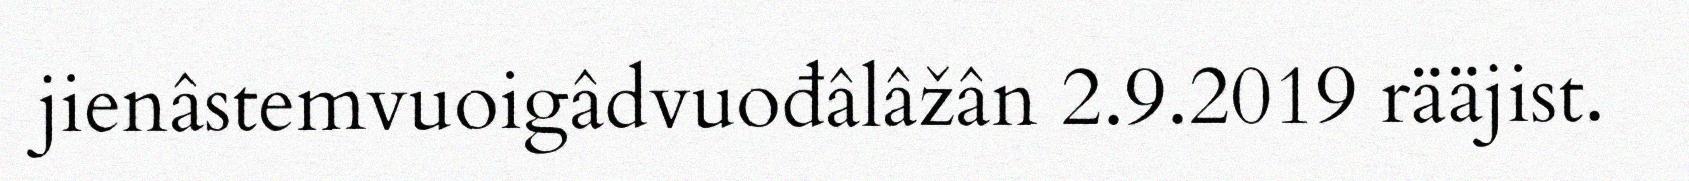
jienâstemvuoigâdvuođâlâžân 2.9.2019 rääjist.